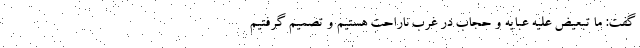
گفت: ما تبعیض علیه عبایه و حجاب در غرب ناراحت هستیم و تصمیم گرفتیم